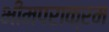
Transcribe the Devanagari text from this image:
भीमपराक्रम